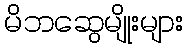
မိဘဆွေမျိုးများ